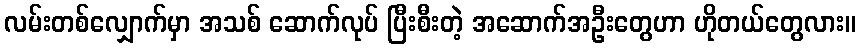
လမ်းတစ်လျှောက်မှာ အသစ် ဆောက်လုပ် ပြီးစီးတဲ့ အဆောက်အဦးတွေဟာ ဟိုတယ်တွေလား။